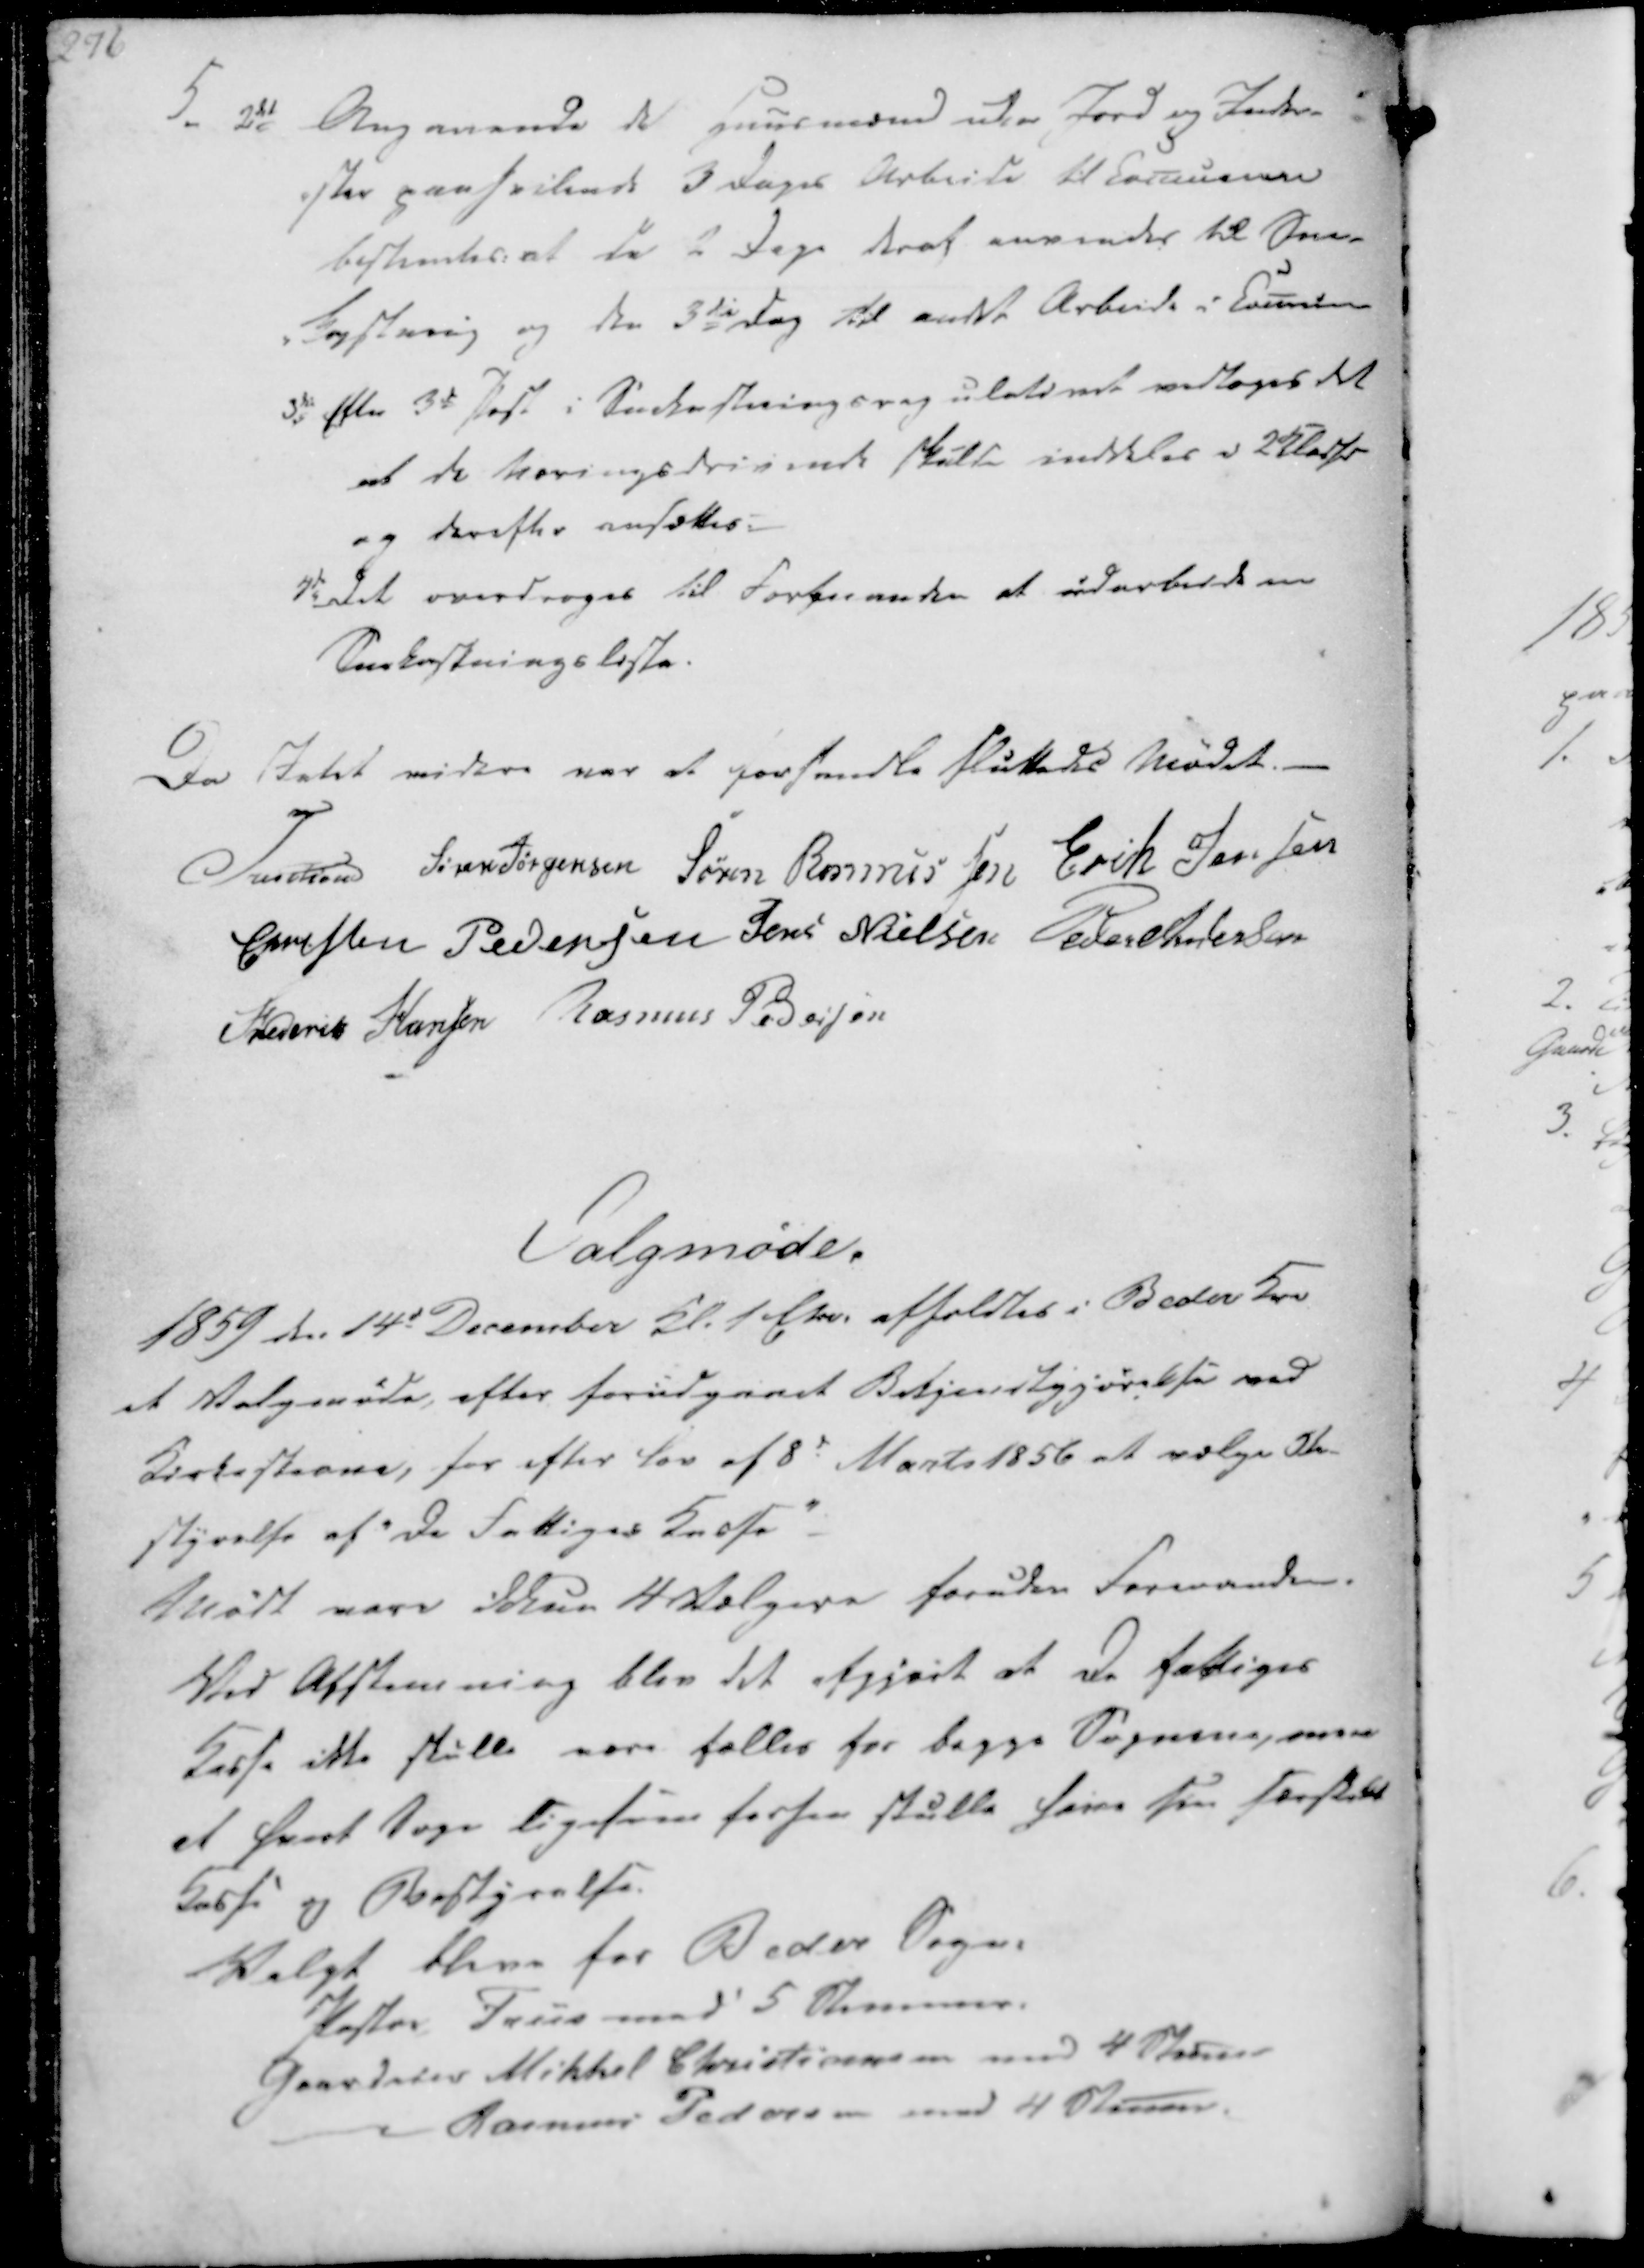
Transskription:
5. 2det Angaaende de Huusmænd uden Jord og Inder-
ster paahvilende 3 Dages Arbeide til Comuenen
bestemtes: at de 2 Dage deraf anvendes til Sne-
-kastning og den 3die Dag til andet Arbeide i Comunen
3die Efter 3de Post i Snekastningsregulativet vedtoges det
at de Næringsdrivende skulde inddeles i Klasser
og derefter ansættes.
4de Det overdroges til Forsmanden at udarbeide en
Snekostningsliste.

Da Intet videre var at forhandle sluttedes Mødet.
Treschov
Søren Jørgensen
Søren Rasmussen
Erik Jensen
Christen Pedersen
Jens Nielsen
Peder Andersen
Frederik Hansen
Rasmus Pedersen

Valgmøde.

1859 den 14d December Kl. 1 Efter. afholdtes i Beder Kro
et Valgmøde, efter forudgaaet Bekjendtgjørelse ved
Kirkestevne, for efter Lov af 8d Marts 1856 at vælge Be-
styrelse af "De Fattiges Kasse"
Mødt vare ikkun 4 Vælgere foruden Formanden.
Ved Afstemning blev det afgjort at De fattiges
Kasse ikke skulle være fælles for begge Sognene, men
at hvert Sogn ligesom forhen skulle have sin forskelet
Kasse og Bestyrelse.

Valgt bleve for Beder Sogn:
Pastor Friis med 5 Stemmer.
Gaardeier Mikkel Christiansen med 4 Stemmer
Rasmus Pedersen med 4 Stemmer.